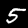
Label: 5